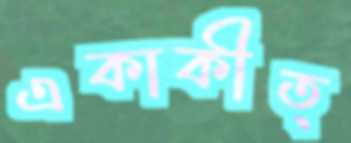
একাকীত্